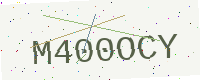
Text: M400OCY